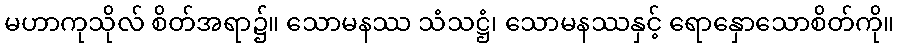
မဟာကုသိုလ် စိတ်အရာ၌။ သောမနဿ သံသဋ္ဌံ၊ သောမနဿနှင့် ရောနှောသောစိတ်ကို။